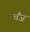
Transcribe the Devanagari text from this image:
चैंज